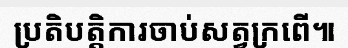
ប្រតិបត្តិការចាប់សត្វក្រពើ៕